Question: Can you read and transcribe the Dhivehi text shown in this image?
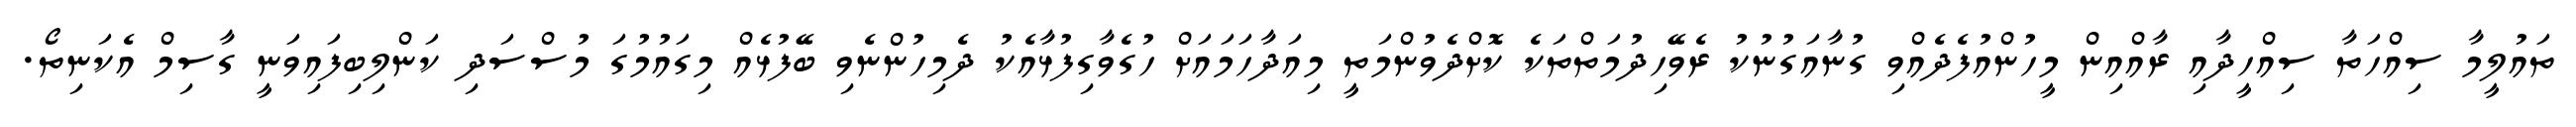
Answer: ތައުލީމާ ސިއްހަތާ ސިއްހީދާއި ރާއްއިން މީހުންއުފެދެއްވި ގުނާއަގުނުކު ރެވޭހިދުމަތްތަކެ ކޮށްދެވުންމަތީ މިއަދާހަމައަށް ހުގެވާގިފުޅާއެކު ދެމިހުންނެވި ބޭފުޅެއް މިގައުމުގަ މުސްސަދި ކަންލިބިފައިވަނީ ގާސިމް އެކަނިތޯ.